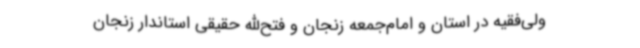
ولی‌فقیه در استان و امام‌جمعه زنجان و فتح‌الله حقیقی استاندار زنجان